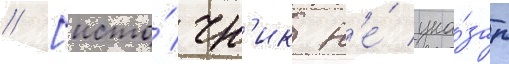
// [исто́чн'ик н'е́ ука́зан